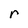
Character: r